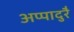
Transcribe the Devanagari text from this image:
अप्पादुरै